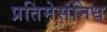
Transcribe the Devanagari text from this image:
प्रतिमेसंनिध